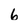
Character: 6